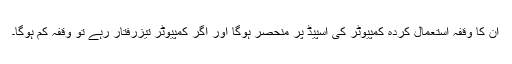
ان کا وقفہ استعمال کردہ کمپیوٹر کی اسپیڈ پر منحصر ہوگا اور اگر کمپیوٹر تیزرفتار رہے تو وقفہ کم ہوگا۔